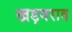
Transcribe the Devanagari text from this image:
खड़गराव